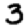
Digit: 3